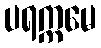
ပရက္ကမေ